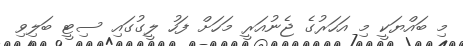
މި ބައްޔަކީ މި އަހަރުގެ ޖެނުއަރީ މަހަށް ފަހު ލީގުގައި ސިޓީ ބަލިވި